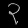
Digit: ၃